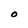
Character: O